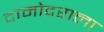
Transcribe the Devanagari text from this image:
दामोदराला